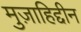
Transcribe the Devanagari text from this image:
मुज़ाहिद्दीन